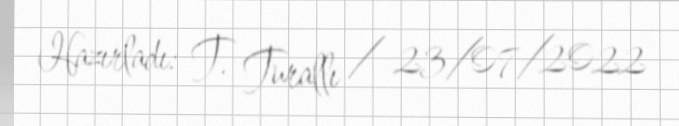
Hazırladı: T. Turallı / 23/07/2022